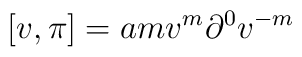
\lbrack v,\pi ]=amv^{m}\partial ^{0}v^{-m}